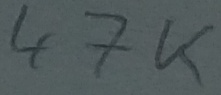
Text: 47K